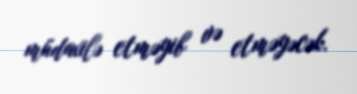
müdaxilə etməyib və etməyəcək.